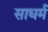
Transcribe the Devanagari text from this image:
साधर्म